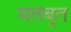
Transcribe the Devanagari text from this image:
मतबूत